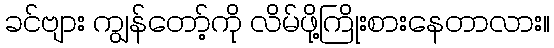
ခင်ဗျား ကျွန်တော့်ကို လိမ်ဖို့ကြိုးစားနေတာလား။